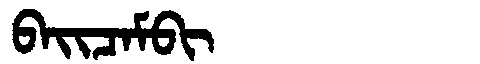
Manchu: ᠪᠠᡳᠴᠠᠮᠪᡳ
Romanization: BAICAMBI